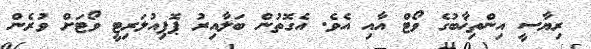
ރިޔާސީ އިންތިޚާބުގެ ވޯޓް އާއި އެވެ. އެގޮތުން ބަލާއިރު ޕޮޕިއުލަރިޓީ ވޯޓަށް ވުރެން